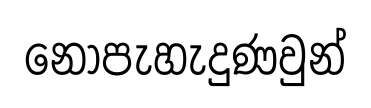
නොපැහැදුණවුන්